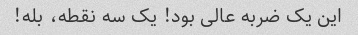
این یک ضربه عالی بود! یک سه نقطه، بله!